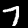
Digit: 7